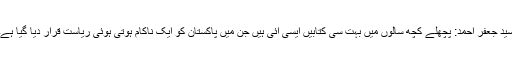
سید جعفر احمد: پچھلے کچھ سالوں میں بہت سی کتابیں ایسی آئی ہیں جن میں پاکستان کو ایک ناکام ہوتی ہوئی ریاست قرار دیا گیا ہے۔